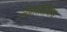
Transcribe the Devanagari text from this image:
ज़ेनोजेनेसिस